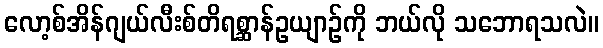
လော့စ်အိန်ဂျယ်လီးစ်တိရစ္ဆာန်ဥယျာဉ်ကို ဘယ်လို သဘောရသလဲ။